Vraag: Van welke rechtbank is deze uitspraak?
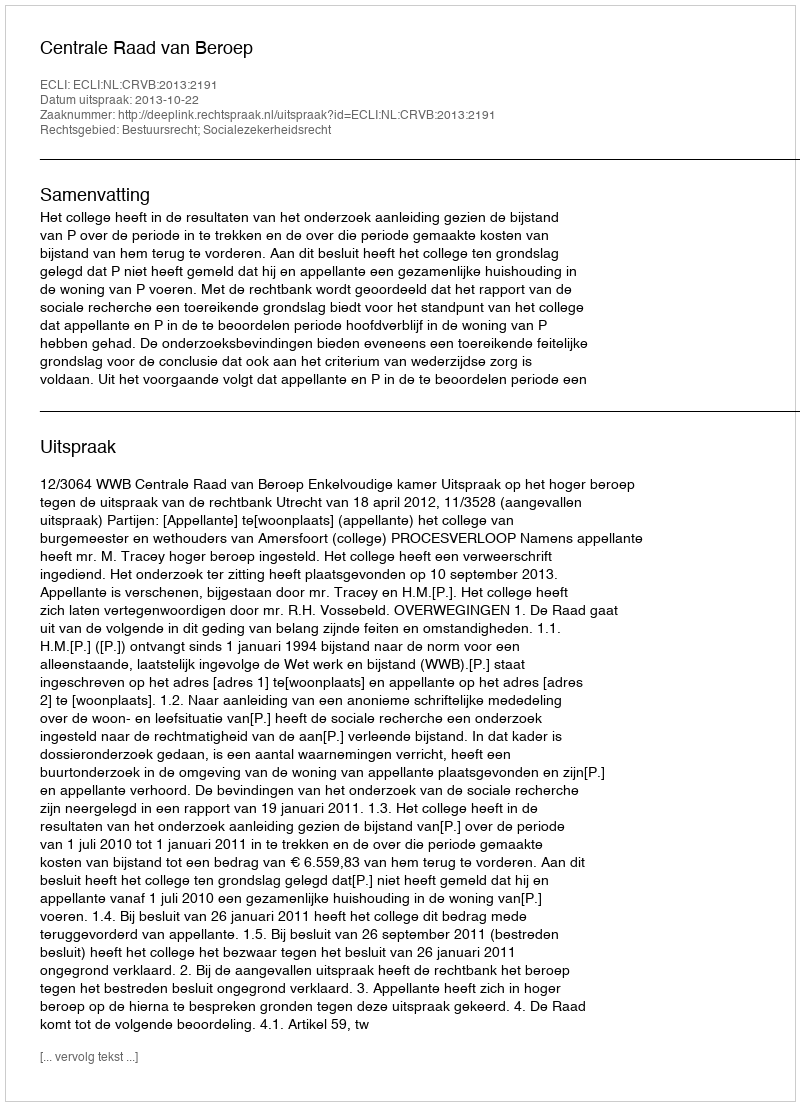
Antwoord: Centrale Raad van Beroep